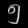
Digit: ၅